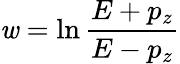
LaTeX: \mathit{w}=\ln{\frac{{E+p_{z}}}{{E-p_{z}}}}